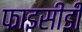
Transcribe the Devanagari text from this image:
फाइसीडी